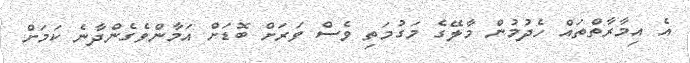
އެ އިމާރާތްތައް ހެދުމުން މާލޭގެ މަގުމަތި ވެސް ވަރަށް ބޮޑަށް އަމާންވެގެންދާނެ ކަމަށް